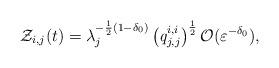
LaTeX: \begin{align*}\mathcal{Z}_{i,j}(t)=\lambda _{j}^{-\frac{1}{2}(1-\delta _{0})}\left( \emph{q}_{j,j}^{i,i}\right) ^{\frac{1}{2}}\mathcal{O}(\varepsilon ^{-\delta _{0}}),\end{align*}